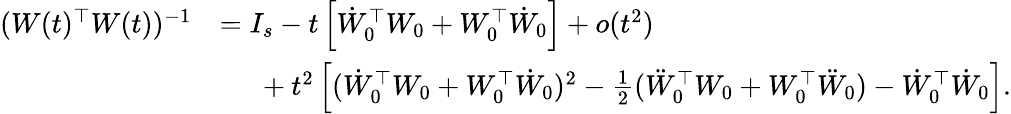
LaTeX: \begin{array}{rl}{(W(t)^{\top}W(t))^{-1}}&{=I_{s}-t\left[\dot{W}_{0}^{\top}W_{0}+W_{0}^{\top}\dot{W}_{0}\right]+o(t^{2})}\\ &{\phantom{=\ }+t^{2}\left[(\dot{W}_{0}^{\top}W_{0}+W_{0}^{\top}\dot{W}_{0})^{2}-\frac{1}{2}(\ddot{W}_{0}^{\top}W_{0}+W_{0}^{\top}\ddot{W}_{0})-\dot{W}_{0}^{\top}\dot{W}_{0}\right].}\end{array}